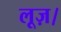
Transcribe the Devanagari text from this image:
लूज़।